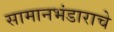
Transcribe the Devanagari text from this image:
सामानभंडाराचे